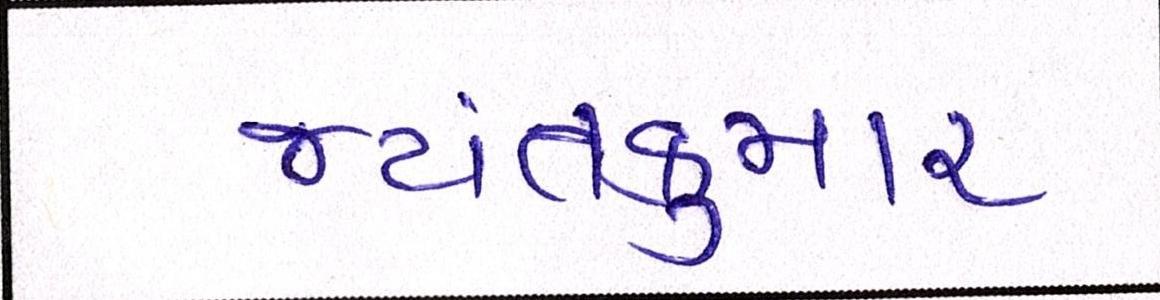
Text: જયંતકુમાર